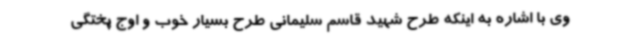
وی با اشاره به اینکه طرح شهید قاسم سلیمانی طرح بسیار خوب و اوج پختگی